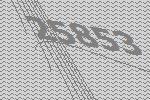
25853